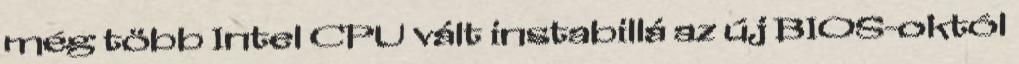
még több Intel CPU vált instabillá az új BIOS-októl